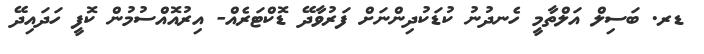
ޑރ. ބަސިލް އަލްތާމީ ހެނދުނު ކުޑަކުދިންނަށް ފަރުވާދޭ ޑޮކްޓަރެއް- އިރުއޮއްސުމުން ކޮފީ ހަދައިދޭ